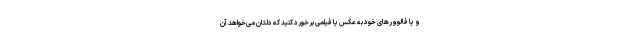
و یا فالوورهای خود به عکس یا فیلمی برخورد کنید که دلتان می‌خواهد آن